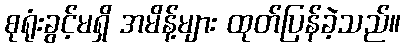
စုရုံးခွင့်မရှိ အမိန့်များ ထုတ်ပြန်ခဲ့သည်။